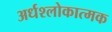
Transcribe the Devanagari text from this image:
अर्धश्लोकात्मक